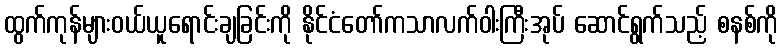
ထွက်ကုန်များဝယ်ယူရောင်းချခြင်းကို နိုင်ငံတော်ကသာလက်ဝါးကြီးအုပ် ဆောင်ရွက်သည့် စနစ်ကို